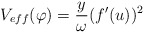
\begin{align*}V_{eff}(\varphi)=\frac{y}{\omega}(f^{\prime}(u))^{2} \end{align*}